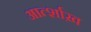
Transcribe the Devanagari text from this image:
आर्त्शाख़